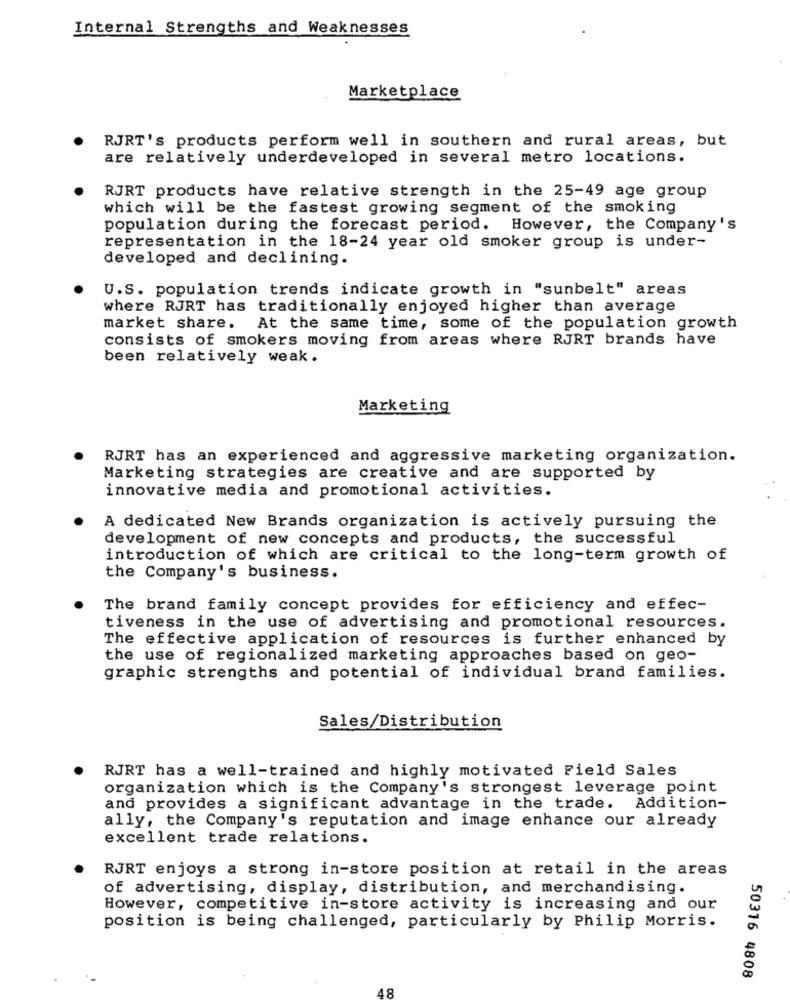
Internal Strengths and Weaknesses
Marketplace
RJRT's products perform well in southern and rural areas, but
are relatively underdeveloped in several metro locations.
RJRT products have relative strength in the 25-49 age group
which will be the fastest growing segment of the smoking
population during the forecast period. However, the Company's
representation in the 18-24 year old smoker group is under-
developed and declining.
U.S. population trends indicate growth in "sunbelt" areas
where RJRT has traditionally enjoyed higher than average
market share. At the same time, some of the population growth
consists of smokers moving from areas where RJRT brands have
been relatively weak .
Marketing
RJRT has an experienced and aggressive marketing organization.
Marketing strategies are creative and are supported by
innovative media and promotional activities.
A dedicated New Brands organization is actively pursuing the
development of new concepts and products, the successful
introduction of which are critical to the long-term growth of
the Company's business.
The brand family concept provides for efficiency and effec-
tiveness in the use of advertising and promotional resources.
The effective application of resources is further enhanced by
the use of regionalized marketing approaches based on geo-
graphic strengths and potential of individual brand families.
Sales/Distribution
RJRT has a well-trained and highly motivated Field Sales
organization which is the Company's strongest leverage point
and provides a significant advantage in the trade. Addition-
ally, the Company's reputation and image enhance our already
excellent trade relations.
RJRT enjoys a strong in-store position at retail in the areas
of advertising, display, distribution, and merchandising.
However, competitive in-store activity is increasing and our
position is being challenged, particularly by Philip Morris.
50316 4808
18